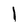
Character: I